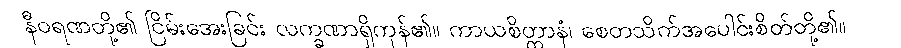
နီဝရဏတို့၏ ငြိမ်းအေးခြင်း လက္ခဏာရှိကုန်၏။ ကာယစိတ္တာနံ၊ စေတသိက်အပေါင်းစိတ်တို့၏။